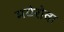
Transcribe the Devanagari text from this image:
मयेरोवा